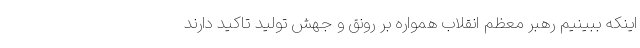
اینکه ببینیم رهبر معظم انقلاب همواره بر رونق و جهش تولید تاکید دارند